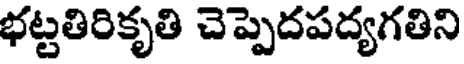
భట్టతిరికృతి చెప్పెదపద్యగతిని